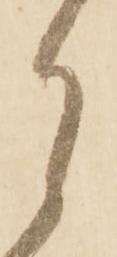
月